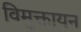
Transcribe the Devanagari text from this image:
विमुक्तायन